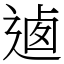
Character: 𨔁